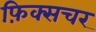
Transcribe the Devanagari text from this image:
फ़िक्सचर